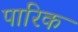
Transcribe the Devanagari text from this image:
पारिक